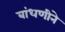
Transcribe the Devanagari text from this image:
बांधणीने